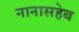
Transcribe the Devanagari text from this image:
नानासहेब